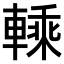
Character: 𨍱